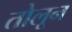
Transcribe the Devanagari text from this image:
तोलून